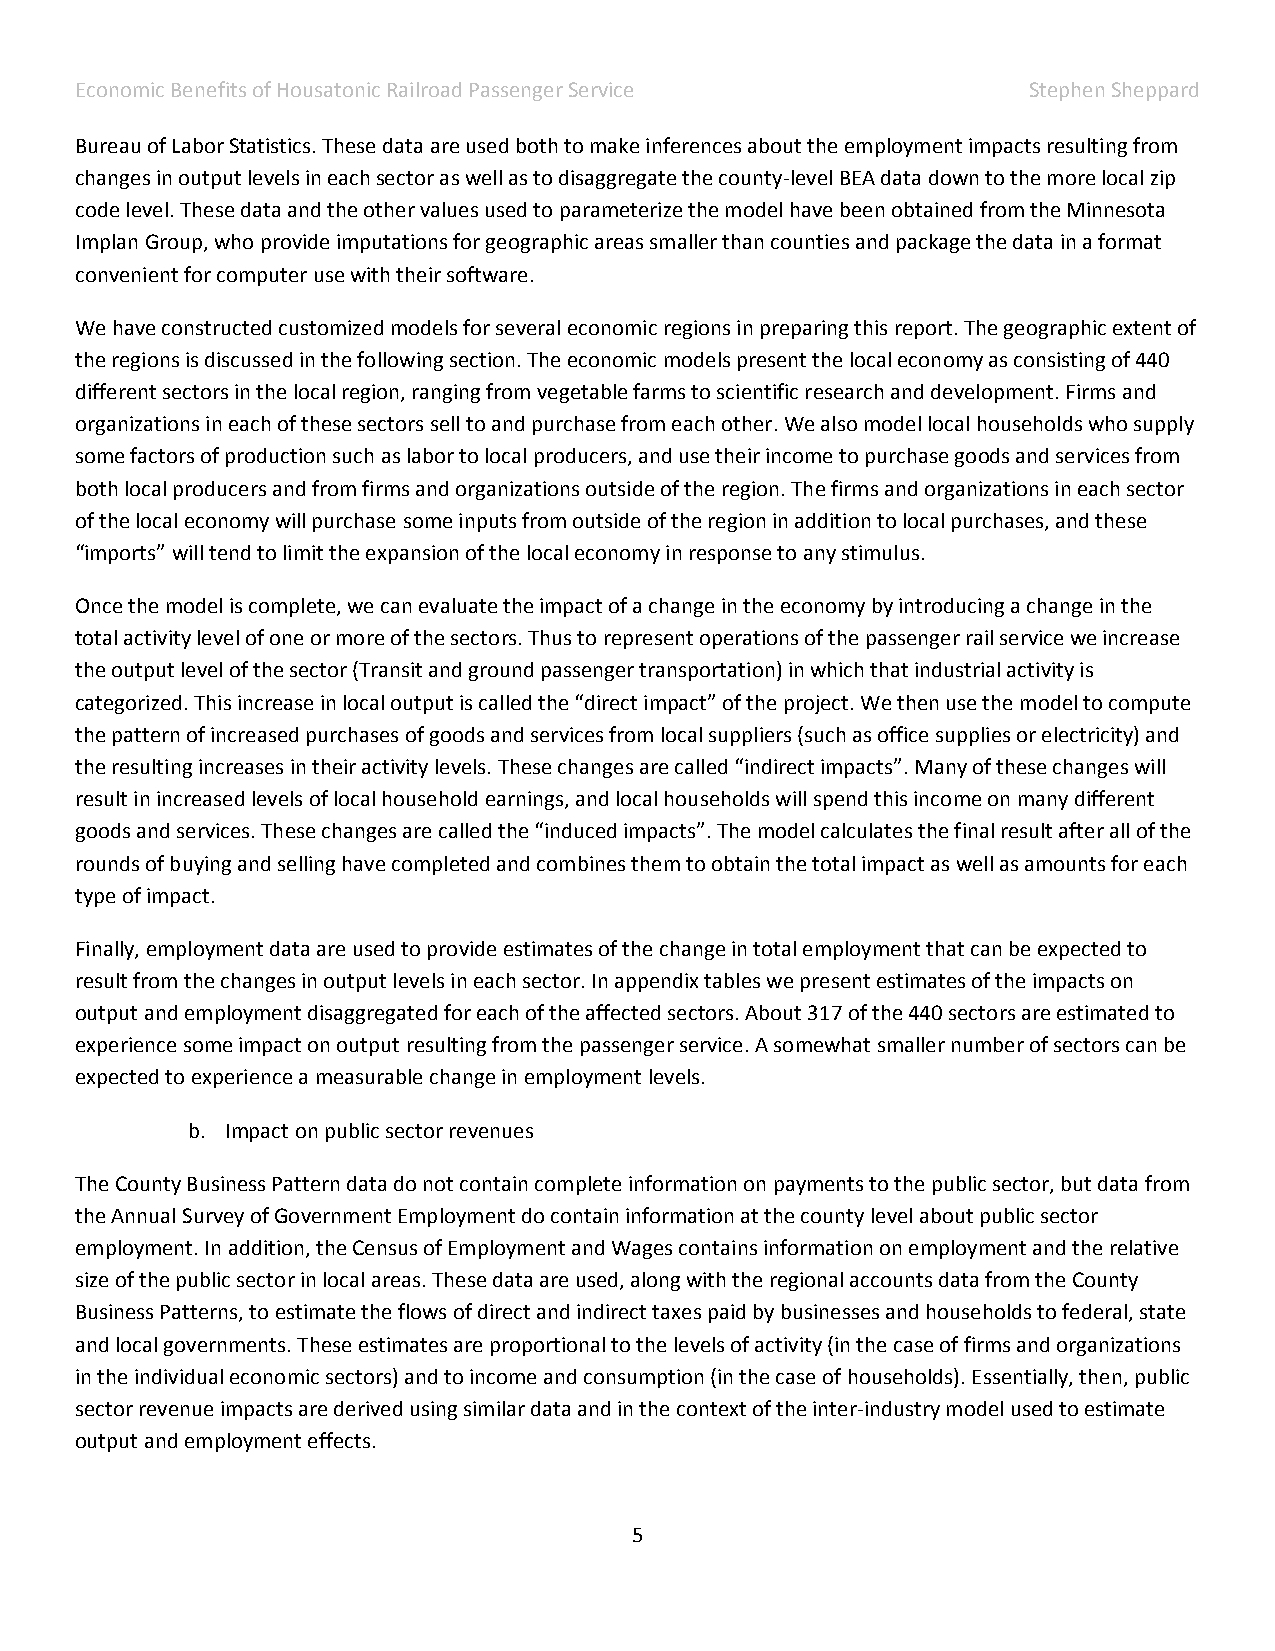
Economic Benefits of Housatonic Railroad Passenger Service     Stephen Sheppard
 Bureau of Labor Statistics. These data are used both to make inferences about the employment impacts resulting from
 changes in output levels in each sector as well as to disaggregate the county-level BEA data down to the more local zip
 code level. These data and the other values used to parameterize the model have been obtained from the Minnesota
 Implan Group, who provide imputations for geographic areas smaller than counties and package the data in a format
 convenient for computer use with their software.
 We have constructed customized models for several economic regions in preparing this report. The geographic extent of
 the regions is discussed in the following section. The economic models present the local economy as consisting of 440
 different sectors in the local region, ranging from vegetable farms to scientific research and development. Firms and
 organizations in each of these sectors sell to and purchase from each other. We also model local households who supply
 some factors of production such as labor to local producers, and use their income to purchase goods and services from
 both local producers and from firms and organizations outside of the region. The firms and organizations in each sector
 of the local economy will purchase some inputs from outside of the region in addition to local purchases, and these
 “imports” will tend to limit the expansion of the local economy in response to any stimulus.
 Once the model is complete, we can evaluate the impact of a change in the economy by introducing a change in the
 total activity level of one or more of the sectors. Thus to represent operations of the passenger rail service we increase
 the output level of the sector (Transit and ground passenger transportation) in which that industrial activity is
 categorized. This increase in local output is called the “direct impact” of the project. We then use the model to compute
 the pattern of increased purchases of goods and services from local suppliers (such as office supplies or electricity) and
 the resulting increases in their activity levels. These changes are called “indirect impacts”. Many of these changes will
 result in increased levels of local household earnings, and local households will spend this income on many different
 goods and services. These changes are called the “induced impacts”. The model calculates the final result after all of the
 rounds of buying and selling have completed and combines them to obtain the total impact as well as amounts for each
 type of impact.
 Finally, employment data are used to provide estimates of the change in total employment that can be expected to
 result from the changes in output levels in each sector. In appendix tables we present estimates of the impacts on
 output and employment disaggregated for each of the affected sectors. About 317 of the 440 sectors are estimated to
 experience some impact on output resulting from the passenger service. A somewhat smaller number of sectors can be
 expected to experience a measurable change in employment levels.
 b. Impact on public sector revenues
 The County Business Pattern data do not contain complete information on payments to the public sector, but data from
 the Annual Survey of Government Employment do contain information at the county level about public sector
 employment. In addition, the Census of Employment and Wages contains information on employment and the relative
 size of the public sector in local areas. These data are used, along with the regional accounts data from the County
 Business Patterns, to estimate the flows of direct and indirect taxes paid by businesses and households to federal, state
 and local governments. These estimates are proportional to the levels of activity (in the case of firms and organizations
 in the individual economic sectors) and to income and consumption (in the case of households). Essentially, then, public
 sector revenue impacts are derived using similar data and in the context of the inter-industry model used to estimate
 output and employment effects.
 5